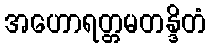
အဟောရတ္တမတန္ဒိတံ